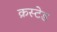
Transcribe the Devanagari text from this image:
क्रस्टेड